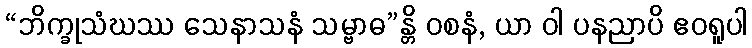
“ဘိက္ခုသံဃဿ သေနာသနံ သမ္ဗာဓ”န္တိ ဝစနံ, ယာ ဝါ ပနညာပိ ဧဝရူပါ